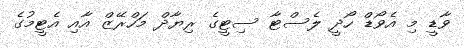
ވާޑީ މި އެވޯޑް ހޯދީ ލެސްޓާ ސިޓީގެ ރިޔާދް މަހްރޭޒް އާއި އެޓީމުގެ